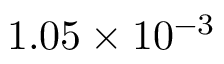
1 . 0 5 \times 1 0 ^ { - 3 }